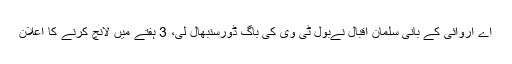
اے آروائی کے بانی سلمان اقبال نےبول ٹی وی کی باگ ڈورسنبھال لی، 3 ہفتے میں لانچ کرنے کا اعلان